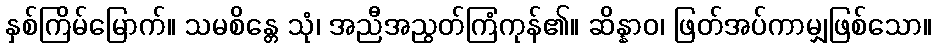
နှစ်ကြိမ်မြောက်။ သမစိန္တေ သုံ၊ အညီအညွတ်ကြံကုန်၏။ ဆိန္နာဝ၊ ဖြတ်အပ်ကာမျှဖြစ်သော။